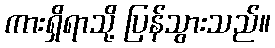
ကားရှိရာသို့ ပြန်သွားသည်။